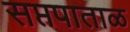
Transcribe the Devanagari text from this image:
सप्तपाताळ